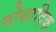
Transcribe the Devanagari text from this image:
मोसादिक